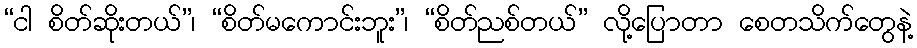
“ငါ စိတ်ဆိုးတယ်”၊ “စိတ်မကောင်းဘူး”၊ “စိတ်ညစ်တယ်” လို့ပြောတာ စေတသိက်တွေနဲ့